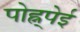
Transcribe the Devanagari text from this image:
पोह्न्पेई